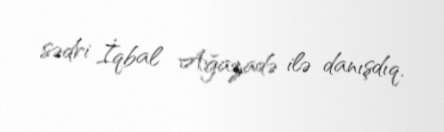
sədri İqbal Ağazadə ilə danışdıq.